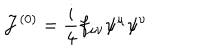
{ \cal J } ^ { ( 0 ) } = \frac i 4 f _ { \mu \nu } \psi ^ { \mu } \psi ^ { \nu }